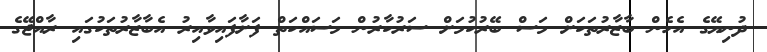
ދުނިޔޭގެ އެހެން ބާޒާރުތަކަށް މަސް ބޭރުކުމަށް ސަރުކާރުން މަސައްކަތް ފަށާފައިވާއިރު އެބާޒާރުތަކުގައި ރާއްޖޭގެ